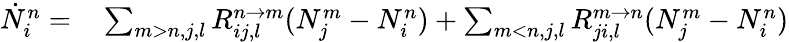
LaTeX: \begin{array}{rl}{\dot{N}_{i}^{n}=}&{{}\sum_{m>n,j,l}R_{ij,l}^{n\rightarrow m}(N_{j}^{m}-N_{i}^{n})+\sum_{m<n,j,l}R_{ji,l}^{m\rightarrow n}(N_{j}^{m}-N_{i}^{n})}\end{array}